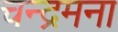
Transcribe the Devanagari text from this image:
चन्द्रमना